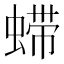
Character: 䗖